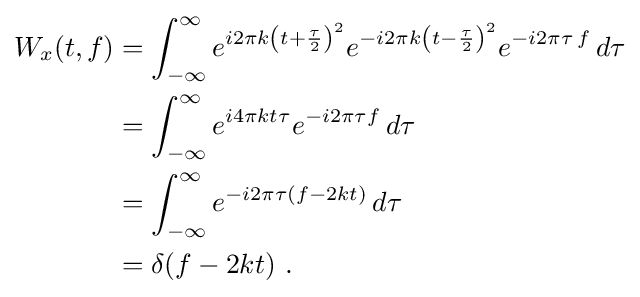
{\begin{aligned}W_{x}(t,f)&=\int _{-\infty }^{\infty }e^{i2\pi k\left(t+{\frac {\tau }{2}}\right)^{2}}e^{-i2\pi k\left(t-{\frac {\tau }{2}}\right)^{2}}e^{-i2\pi \tau \,f}\,d\tau \\&=\int _{-\infty }^{\infty }e^{i4\pi kt\tau }e^{-i2\pi \tau f}\,d\tau \\&=\int _{-\infty }^{\infty }e^{-i2\pi \tau (f-2kt)}\,d\tau \\&=\delta (f-2kt)~.\end{aligned}}